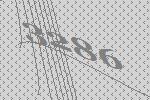
3286